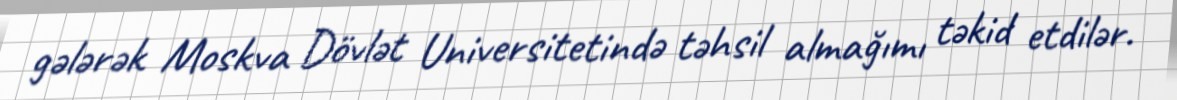
gələrək Moskva Dövlət Universitetində təhsil almağımı təkid etdilər.